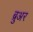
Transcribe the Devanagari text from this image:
ब्रुअर